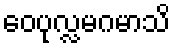
ဝေပုလ္လမဂမာသိ